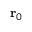
\mathbf { r } _ { 0 }